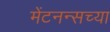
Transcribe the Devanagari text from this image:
मेंटनन्सच्या